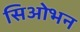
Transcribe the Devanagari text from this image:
सिओभन